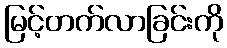
မြင့်တက်လာခြင်းကို